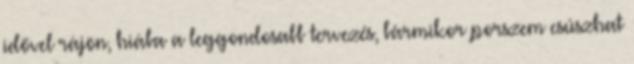
idővel rájön, hiába a leggondosabb tervezés, bármikor porszem csúszhat